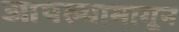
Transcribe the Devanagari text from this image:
आपल्यामागून